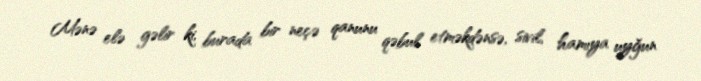
Mənə elə gəlir ki, burada bir neçə qanunu qəbul etməkdənsə, sivil, hamıya uyğun